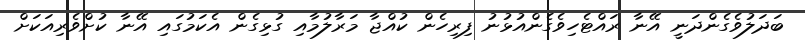
ބަދަލުވެގެންދަނީ އޭނާ ރައްޓެހިވެގެންއުޅުނު ފިރިހެން ކުއްޖާ މަރާލުމާއި ގުޅިގެން އެކަމުގައި އޭނާ ކުށްވެރިއަކަށް